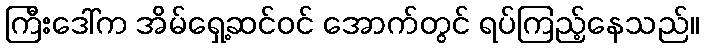
ကြီးဒေါ်က အိမ်ရှေ့ဆင်ဝင် အောက်တွင် ရပ်ကြည့်နေသည်။